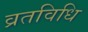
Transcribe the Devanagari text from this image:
व्रतविधि